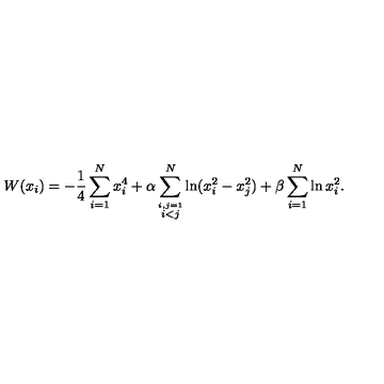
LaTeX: W ( x _ { i } ) = - \frac { 1 } { 4 } \sum _ { i = 1 } ^ { N } x _ { i } ^ { 4 } + \alpha \sum _ { \stackrel { i , j = 1 } { i < j } } ^ { N } \ln ( x _ { i } ^ { 2 } - x _ { j } ^ { 2 } ) + \beta \sum _ { i = 1 } ^ { N } \ln x _ { i } ^ { 2 } .